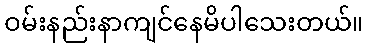
ဝမ်းနည်းနာကျင်နေမိပါသေးတယ်။